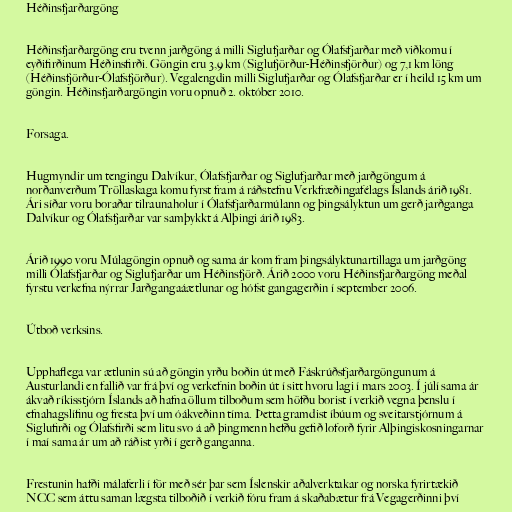
Héðinsfjarðargöng

Héðinsfjarðargöng eru tvenn jarðgöng á milli Siglufjarðar og Ólafsfjarðar með viðkomu í
eyðifirðinum Héðinsfirði. Göngin eru 3,9 km (Siglufjörður-Héðinsfjörður) og 7,1 km löng
(Héðinsfjörður-Ólafsfjörður). Vegalengdin milli Siglufjarðar og Ólafsfjarðar er í heild 15 km um
göngin. Héðinsfjarðargöngin voru opnuð 2. október 2010.

Forsaga.

Hugmyndir um tengingu Dalvíkur, Ólafsfjarðar og Siglufjarðar með jarðgöngum á
norðanverðum Tröllaskaga komu fyrst fram á ráðstefnu Verkfræðingafélags Íslands árið 1981.
Ári síðar voru boraðar tilraunaholur í Ólafsfjarðarmúlann og þingsályktun um gerð jarðganga
Dalvíkur og Ólafsfjarðar var samþykkt á Alþingi árið 1983.

Árið 1990 voru Múlagöngin opnuð og sama ár kom fram þingsályktunartillaga um jarðgöng
milli Ólafsfjarðar og Siglufjarðar um Héðinsfjörð. Árið 2000 voru Héðinsfjarðargöng meðal
fyrstu verkefna nýrrar Jarðgangaáætlunar og hófst gangagerðin í september 2006.

Útboð verksins.

Upphaflega var ætlunin sú að göngin yrðu boðin út með Fáskrúðsfjarðargöngunum á
Austurlandi en fallið var frá því og verkefnin boðin út í sitt hvoru lagi í mars 2003. Í júlí sama ár
ákvað ríkisstjórn Íslands að hafna öllum tilboðum sem höfðu borist í verkið vegna þenslu í
efnahagslífinu og fresta því um óákveðinn tíma. Þetta gramdist íbúum og sveitarstjórnum á
Siglufirði og Ólafsfirði sem litu svo á að þingmenn hefðu gefið loforð fyrir Alþingiskosningarnar
í maí sama ár um að ráðist yrði í gerð ganganna.

Frestunin hafði málaferli í för með sér þar sem Íslenskir aðalverktakar og norska fyrirtækið
NCC sem áttu saman lægsta tilboðið í verkið fóru fram á skaðabætur frá Vegagerðinni því